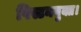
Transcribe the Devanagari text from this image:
पिस्टनयुक्त।